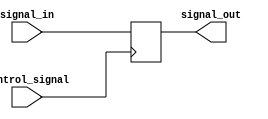
module TransmissionGateDelay (
    input wire signal_in,
    output wire signal_out,
    input wire control_signal
);

reg delayed_signal;

always @ (posedge control_signal) begin
    delayed_signal <= signal_in;
end

assign signal_out = delayed_signal;

endmodule